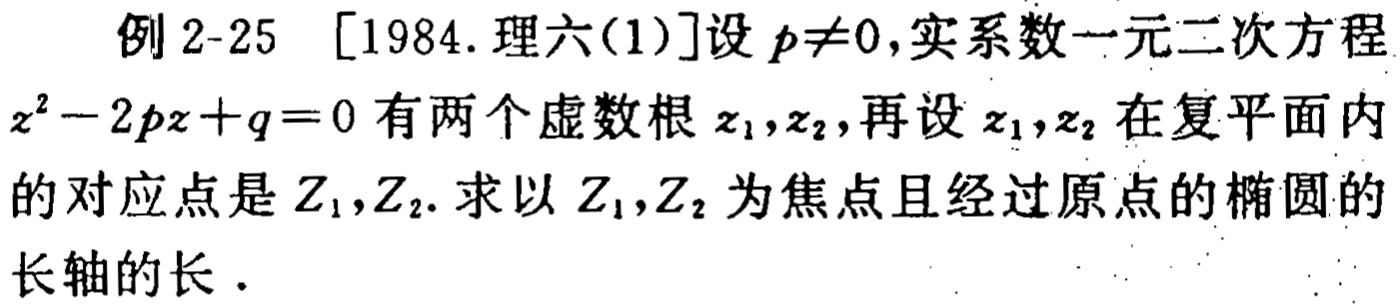
例 2-25 [1984. 理六(1)]设 \(p\neq0\)，实系数一元二次方程 \(z^{2}-2pz + q = 0\) 有两个虚数根 \(z_{1},z_{2}\)，再设 \(z_{1},z_{2}\) 在复平面内的对应点是 \(Z_{1},Z_{2}\). 求以 \(Z_{1},Z_{2}\) 为焦点且经过原点的椭圆的长轴的长.